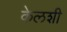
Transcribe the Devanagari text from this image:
केलशी